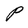
Character: P